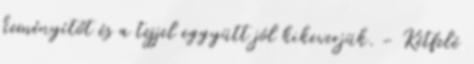
keményítőt és a tejjel eggyütt jól kikeverjük. - Kétfelé